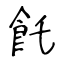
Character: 飥